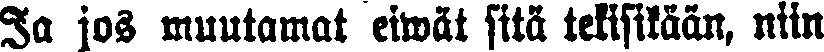
Ja jos muutamat eivät sitä tekisikään, niin